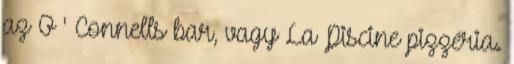
az O ' Connells bar, vagy La Piscine pizzéria.